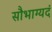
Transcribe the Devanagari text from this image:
सौभाग्यदं